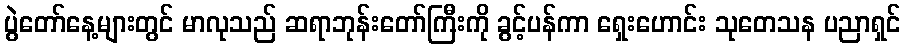
ပွဲတော်နေ့များတွင် မာလုသည် ဆရာဘုန်းတော်ကြီးကို ခွင့်ပန်ကာ ရှေးဟောင်း သုတေသန ပညာရှင်